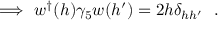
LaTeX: \Longrightarrow ~ w ^ { \dagger } ( h ) \gamma _ { 5 } w ( h ^ { \prime } ) = 2 h \delta _ { h h ^ { \prime } } ~ ~ .